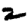
Digit: 2